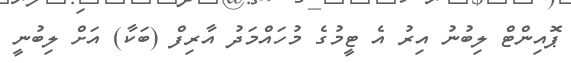
ޕޮއިންޓް ލިބުނު އިރު އެ ޓީމުގެ މުހައްމަދު އާރިފް (ބަކާ) އަށް ލިބުނީ